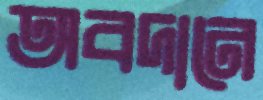
অবদানে